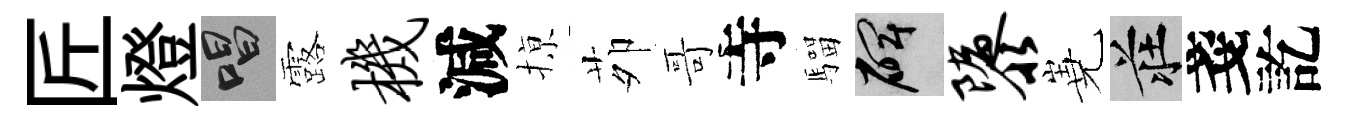
匠燈唱露机減𢱊茆哥寺騮碑隳嶤莊戔訖